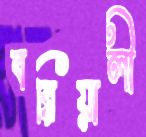
বরিয়ালী